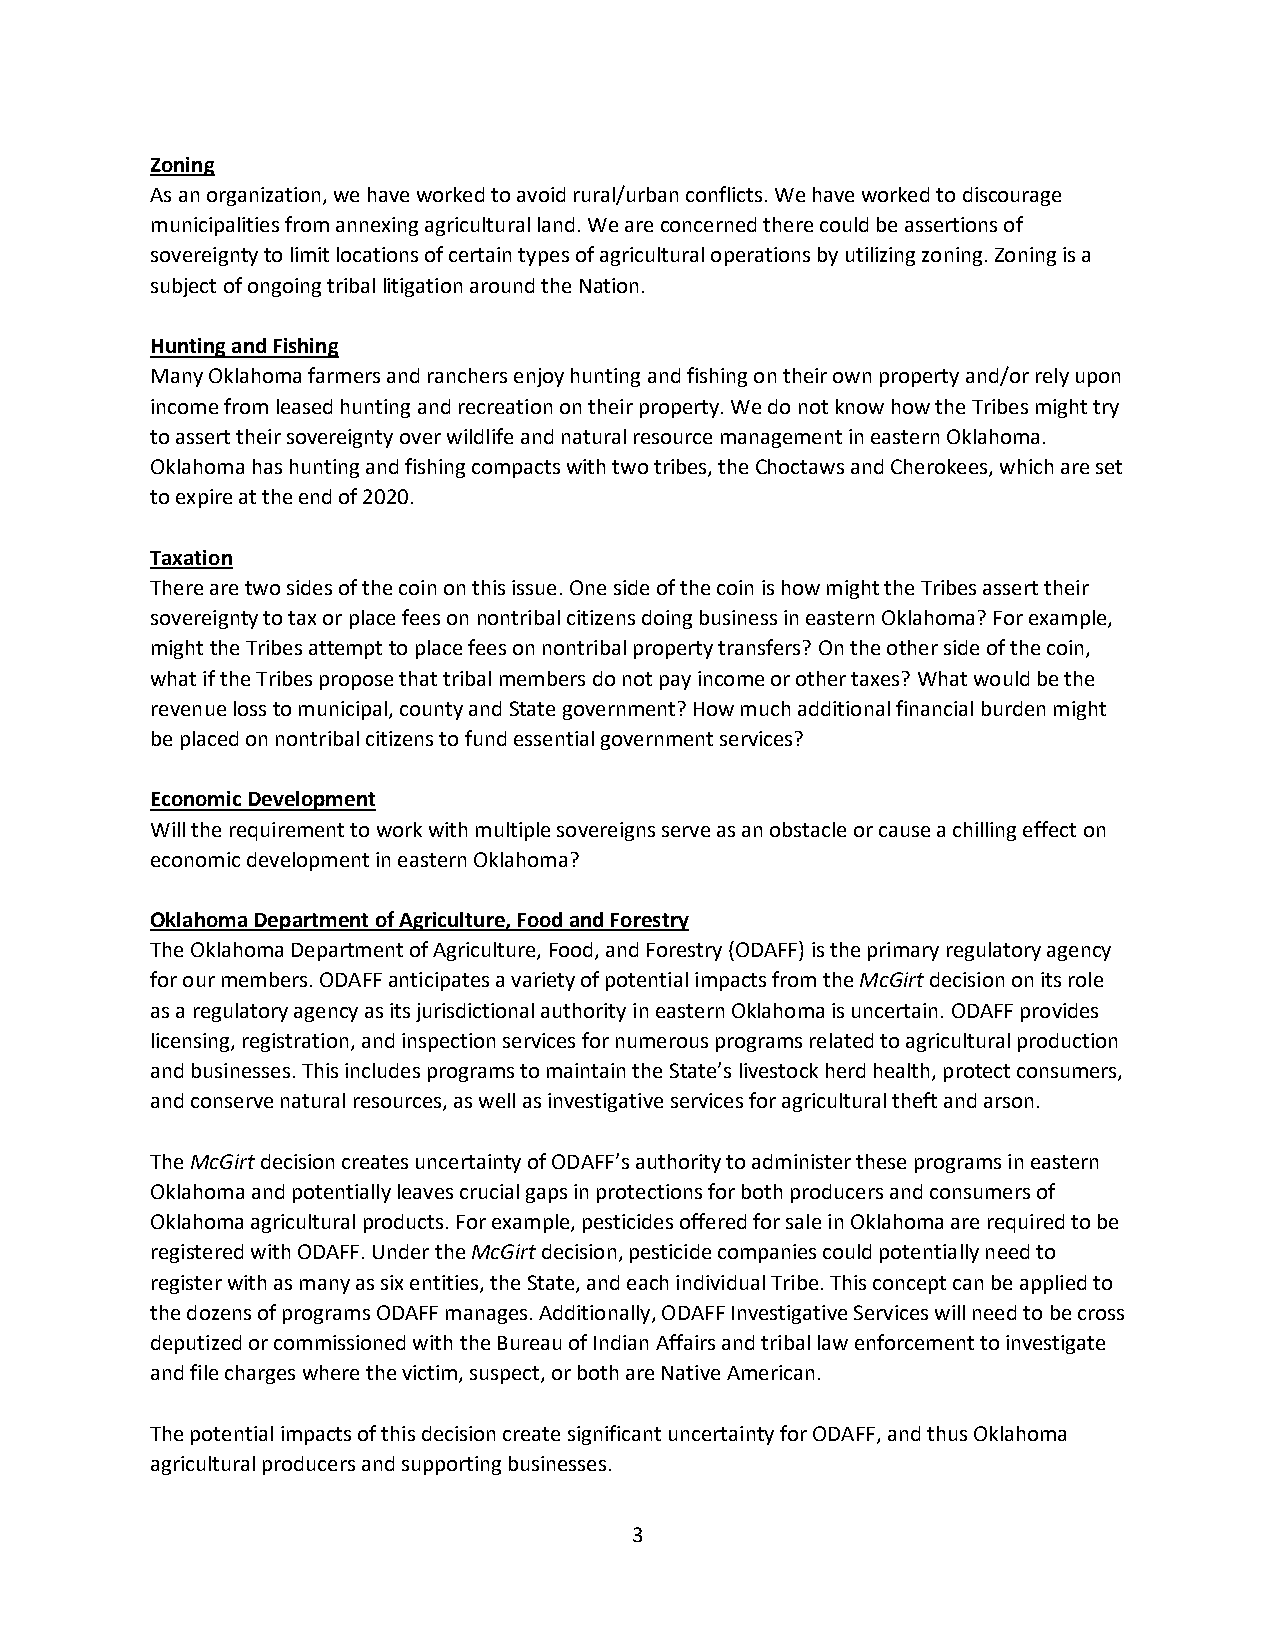
Zoning
 As an organization, we have worked to avoid rural/urban conflicts. We have worked to discourage
 municipalities from annexing agricultural land. We are concerned there could be assertions of
 sovereignty to limit locations of certain types of agricultural operations by utilizing zoning. Zoning is a
 subject of ongoing tribal litigation around the Nation.
 Hunting and Fishing
 Many Oklahoma farmers and ranchers enjoy hunting and fishing on their own property and/or rely upon
 income from leased hunting and recreation on their property. We do not know how the Tribes might try
 to assert their sovereignty over wildlife and natural resource management in eastern Oklahoma.
 Oklahoma has hunting and fishing compacts with two tribes, the Choctaws and Cherokees, which are set
 to expire at the end of 2020.
 Taxation
 There are two sides of the coin on this issue. One side of the coin is how might the Tribes assert their
 sovereignty to tax or place fees on nontribal citizens doing business in eastern Oklahoma? For example,
 might the Tribes attempt to place fees on nontribal property transfers? On the other side of the coin,
 what if the Tribes propose that tribal members do not pay income or other taxes? What would be the
 revenue loss to municipal, county and State government? How much additional financial burden might
 be placed on nontribal citizens to fund essential government services?
 Economic Development
 Will the requirement to work with multiple sovereigns serve as an obstacle or cause a chilling effect on
 economic development in eastern Oklahoma?
 Oklahoma Department of Agriculture, Food and Forestry
 The Oklahoma Department of Agriculture, Food, and Forestry (ODAFF) is the primary regulatory agency
 for our members. ODAFF anticipates a variety of potential impacts from the McGirt decision on its role
 as a regulatory agency as its jurisdictional authority in eastern Oklahoma is uncertain. ODAFF provides
 licensing, registration, and inspection services for numerous programs related to agricultural production
 and businesses. This includes programs to maintain the State’s livestock herd health, protect consumers,
 and conserve natural resources, as well as investigative services for agricultural theft and arson.
 The McGirt decision creates uncertainty of ODAFF’s authority to administer these programs in eastern
 Oklahoma and potentially leaves crucial gaps in protections for both producers and consumers of
 Oklahoma agricultural products. For example, pesticides offered for sale in Oklahoma are required to be
 registered with ODAFF. Under the McGirt decision, pesticide companies could potentially need to
 register with as many as six entities, the State, and each individual Tribe. This concept can be applied to
 the dozens of programs ODAFF manages. Additionally, ODAFF Investigative Services will need to be cross
 deputized or commissioned with the Bureau of Indian Affairs and tribal law enforcement to investigate
 and file charges where the victim, suspect, or both are Native American.
 The potential impacts of this decision create significant uncertainty for ODAFF, and thus Oklahoma
 agricultural producers and supporting businesses.
 3